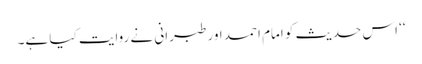
‘‘ اس حدیث کو امام احمد اور طبرانی نے روایت کیا ہے۔